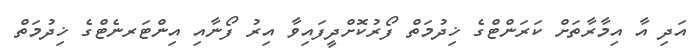
އަދި އާ އިމާރާތަށް ކަރަންޓްގެ ޚިދުމަތް ފޯރުކޮށްދީފައިވާ އިރު ފޯނާއި އިންޓަރނެޓްގެ ޚިދުމަތް